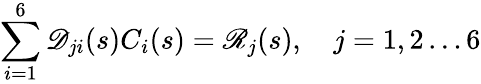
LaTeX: \sum_{i=1}^{6}\mathscr{D}_{ji}(s)C_{i}(s)=\mathscr{R}_{j}(s),\quad j=1,2\ldots 6